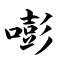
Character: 嘭